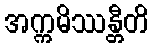
အက္ကမိဿန္တီတိ